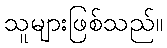
သူများဖြစ်သည်။